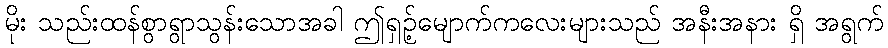
မိုး သည်းထန်စွာရွာသွန်းသောအခါ ဤရှဉ့်မျောက်ကလေးများသည် အနီးအနား ရှိ အရွက်